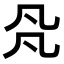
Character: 𠘻